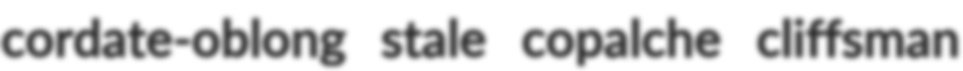
cordate-oblong stale copalche cliffsman